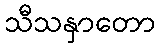
သီသနှာတော